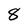
Character: 8